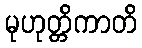
မုဟုတ္တိကာတိ